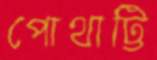
পোথাট্টি